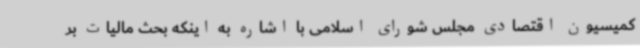
کمیسیون اقتصادی مجلس شورای اسلامی با اشاره به اینکه بحث مالیات بر